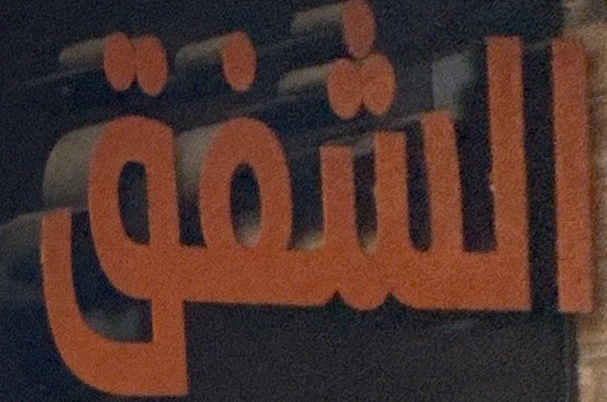
الشفق